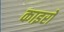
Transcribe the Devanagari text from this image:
काइरो